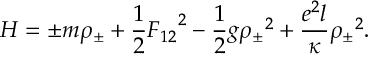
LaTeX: { \cal H } = { \pm } m { \rho } _ { \pm } + { \frac { 1 } { 2 } } { F _ { 1 2 } } ^ { 2 } - { \frac { 1 } { 2 } } g { { \rho } _ { \pm } } ^ { 2 } + { \frac { e ^ { 2 } l } { \kappa } } { { \rho } _ { \pm } } ^ { 2 } .